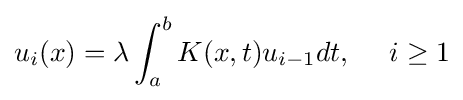
u_{i}(x)=\lambda \int _{a}^{b}K(x,t)u_{i-1}dt,\,\,\,\,\,\,\,\,i\geq 1